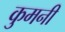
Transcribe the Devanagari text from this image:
कुमनी